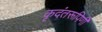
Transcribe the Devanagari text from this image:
कृदंतरूपिणी